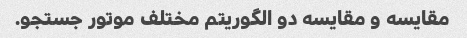
مقایسه و مقایسه دو الگوریتم مختلف موتور جستجو.